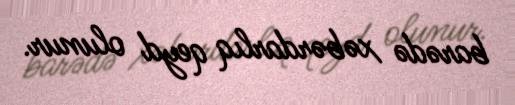
barədə xəbərdarlıq qeyd olunur.